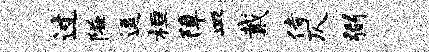
过隘逗桓障皿戴侍仄弼